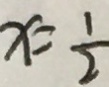
x = \frac { 1 } { 2 }